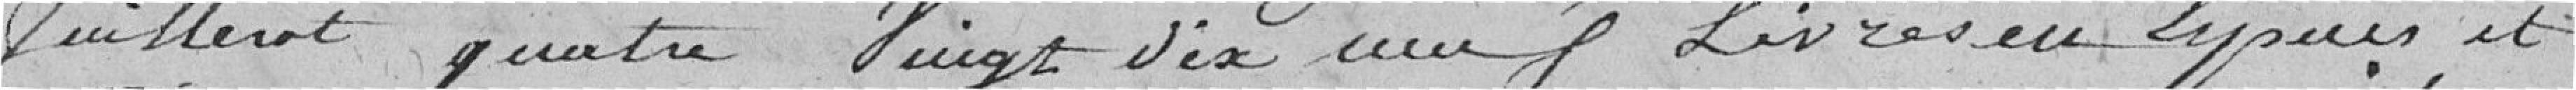
Juillerot, quatre vingt dix neuf livres en espèces et